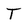
Character: T